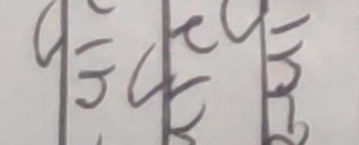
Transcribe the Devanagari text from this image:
पढन